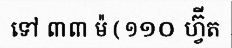
ទៅ ៣៣ ម៉ ( ១១០ ហ្វ៊ីត